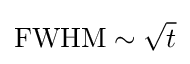
{\rm {FWHM}}\sim {\sqrt {t}}